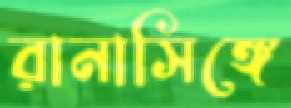
রানাসিঙ্গে